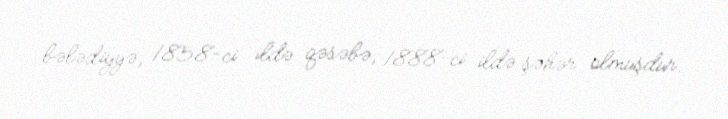
bələdiyyə, 1858-ci ildə qəsəbə, 1888-ci ildə şəhər olmuşdur.